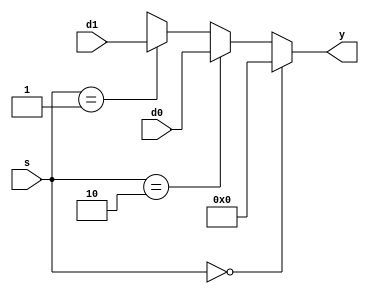
// 32-bit 3 to 1 multiplexer
module mux3_32bit(d0, d1, s, y);
    input [31:0] d0, d1;
    input [1:0] s;
    output reg [31:0] y;

    always @(s, d0, d1) begin
        if (s == 2'b00) 
            y <= 32'h0;
        else if (s == 2'b10)
            y <= d0;
        else if (s == 2'b01)
            y <= d1;
        else 
            y = 32'hx;
    end
endmodule